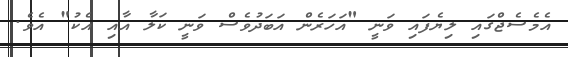
އެމެސެޖްގައި ލިޔެފައި ވަނީ "އަހަރެން އަބަދުވެސް ވަނީ ކަލާ އާއި އެކު" އެވެ.